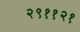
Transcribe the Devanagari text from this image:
२९११२१